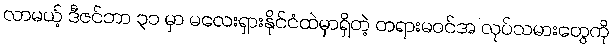
လာမယ့် ဒီဇင်ဘာ ၃၁ မှာ မလေးရှားနိုင်ငံထဲမှာရှိတဲ့ တရားမဝင်အ လုပ်သမားတွေကို